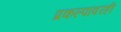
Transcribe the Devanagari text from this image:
प्रकल्पांवरही